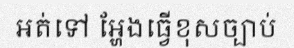
អត់ទៅ អ្ហែងធ្វើខុសច្បាប់